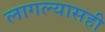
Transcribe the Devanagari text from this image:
लागल्यासही